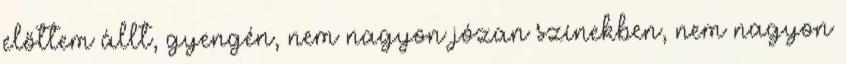
előttem állt, gyengén, nem nagyon józan színekben, nem nagyon